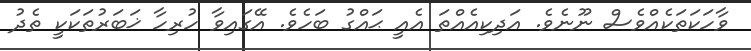
ވާހަކަތަކެއްވެސް ނޫނެވެ. އަދިކިއެއްތަ އެއީ ޙައްގު ބަހެވެ. އޭގައިވާ ހުރިހާ ޚަބަރުތަކަކީ ތެދު